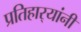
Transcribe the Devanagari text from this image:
प्रतिहार्‍यांनी